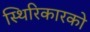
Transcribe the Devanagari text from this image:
स्थिरिकारको